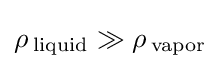
\rho \,_{\rm {liquid}}\gg \rho \,_{\rm {vapor}}